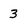
Character: 3